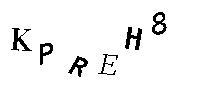
KPREH8